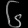
Digit: ၆